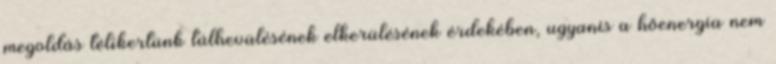
megoldás télikertünk túlhevülésének elkerülésének érdekében, ugyanis a hőenergia nem